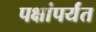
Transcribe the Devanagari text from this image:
पक्षांपर्यंत